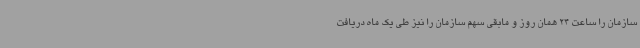
سازمان را ساعت 24 همان روز و مابقی سهم سازمان را نیز طی یک ماه دریافت